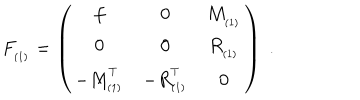
LaTeX: F _ { _ { ( 1 ) } } = \left( \begin{array} { c c c } { { f } } & { { 0 } } & { { M _ { _ { ( 1 ) } } } } \\ { { 0 } } & { { 0 } } & { { R _ { _ { ( 1 ) } } } } \\ { { - M _ { _ { ( 1 ) } } ^ { ^ T } } } & { { - R _ { _ { ( 1 ) } } ^ { ^ T } } } & { { 0 } } \\ \end{array} \right) \; .